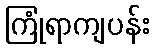
ကြုံရာကျပန်း